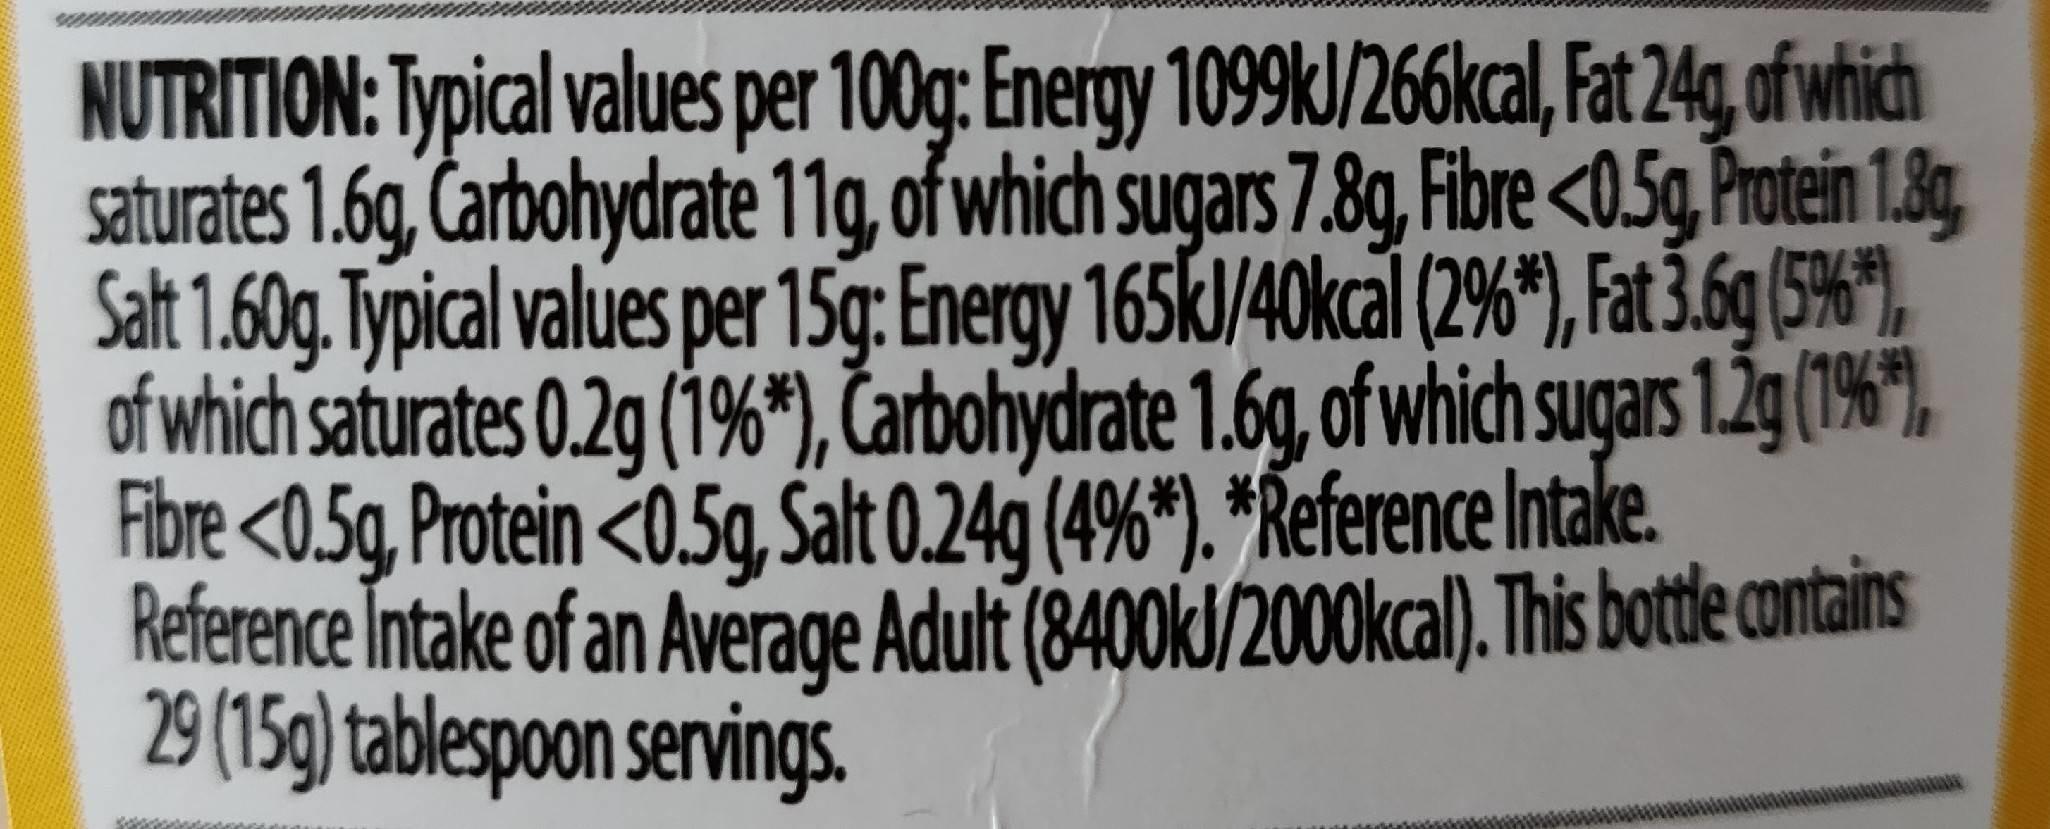
NUTRITION: Typical values per 100g: Energy 1099kJ/266kcal, Fat 24g, of which saturates 1.6g, Carbohydrate 11g, of which sugars 7.8g, Fibre <0.5g,Protein 1.8g, Salt 1.60g. Typical values per 15g: Energy 165kl/40kcal (2%*), Fat 3.6g (5%*), of which saturates 0.2g (1%*), Čarbohydrate 1.6g, of which sugars 1.2g (19%), Fibre <0.5g, Protein <0.5g, Salt 0.24g (4%*). *Reference Intake. Reference Intake of an Average Adult (8400kJ/2000kcal). This bottle contains 29 (15g) tablespoon servings.